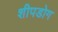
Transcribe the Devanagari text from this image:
शीपडोग